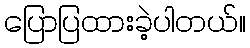
ပြောပြထားခဲ့ပါတယ်။